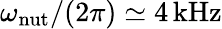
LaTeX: \omega_{\mathrm{nut}}/(2\pi)\simeq 4\mathrm{\, kHz}